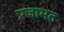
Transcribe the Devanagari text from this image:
प्रजामत